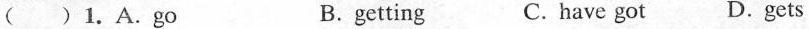
( )1.A.Go B.getting C.have got D.gets